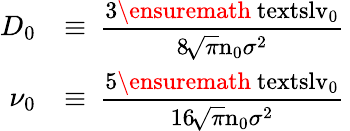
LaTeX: \begin{array}{rl}{D_{0}}&{\equiv\mathrm{\small~\displaystyle\frac{3\ensuremath{\mathrm{\ textsl{v}}_0}}{8\! \sqrt{\pi}n_0\sigma^2}~}}\\ {\nu_{0}}&{\equiv\mathrm{\small~\displaystyle\frac{5\ensuremath{\mathrm{\ textsl{v}}_0}}{16\! \sqrt{\pi}n_0\sigma^2}~}}\end{array}